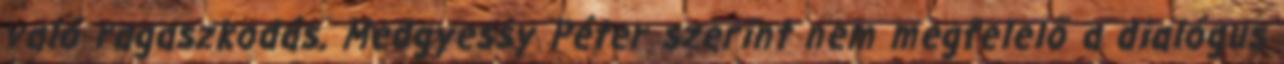
való ragaszkodás. Medgyessy Péter szerint nem megfelelő a dialógus